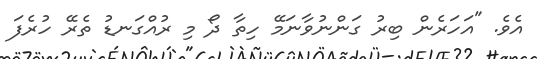
އެވެ. "އަހަރެން ބިރު ގަންނުވާނަމޭ ހިތާ ދޯ މި ރުއްގަނޑު ތެރޭ ހުރެފަ